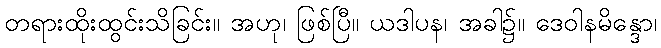
တရားထိုးထွင်းသိခြင်း။ အဟု၊ ဖြစ်ပြီ။ ယဒါပန၊ အခါ၌။ ဒေဝါနမိန္ဒော၊